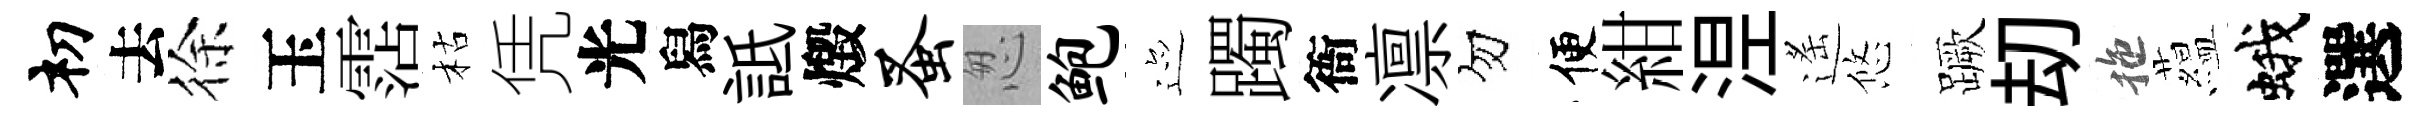
𥘉去徐玉霑枯凭光舄詆燬蚤怱鲍迹躅衙凛勿便紺𣵀遙悠蹶刧拖藴蛾選